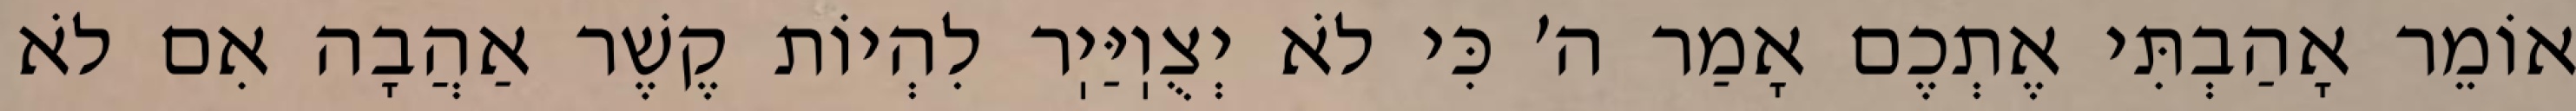
אוֹמֵר אָהַבְתִּי אֶתְכֶם אָמַר ה׳ כִּי לֹא יְצֻוֽיַּיֽר לִהְיוֹת קֶשֶׁר אַהֲבָה אִם לֹא